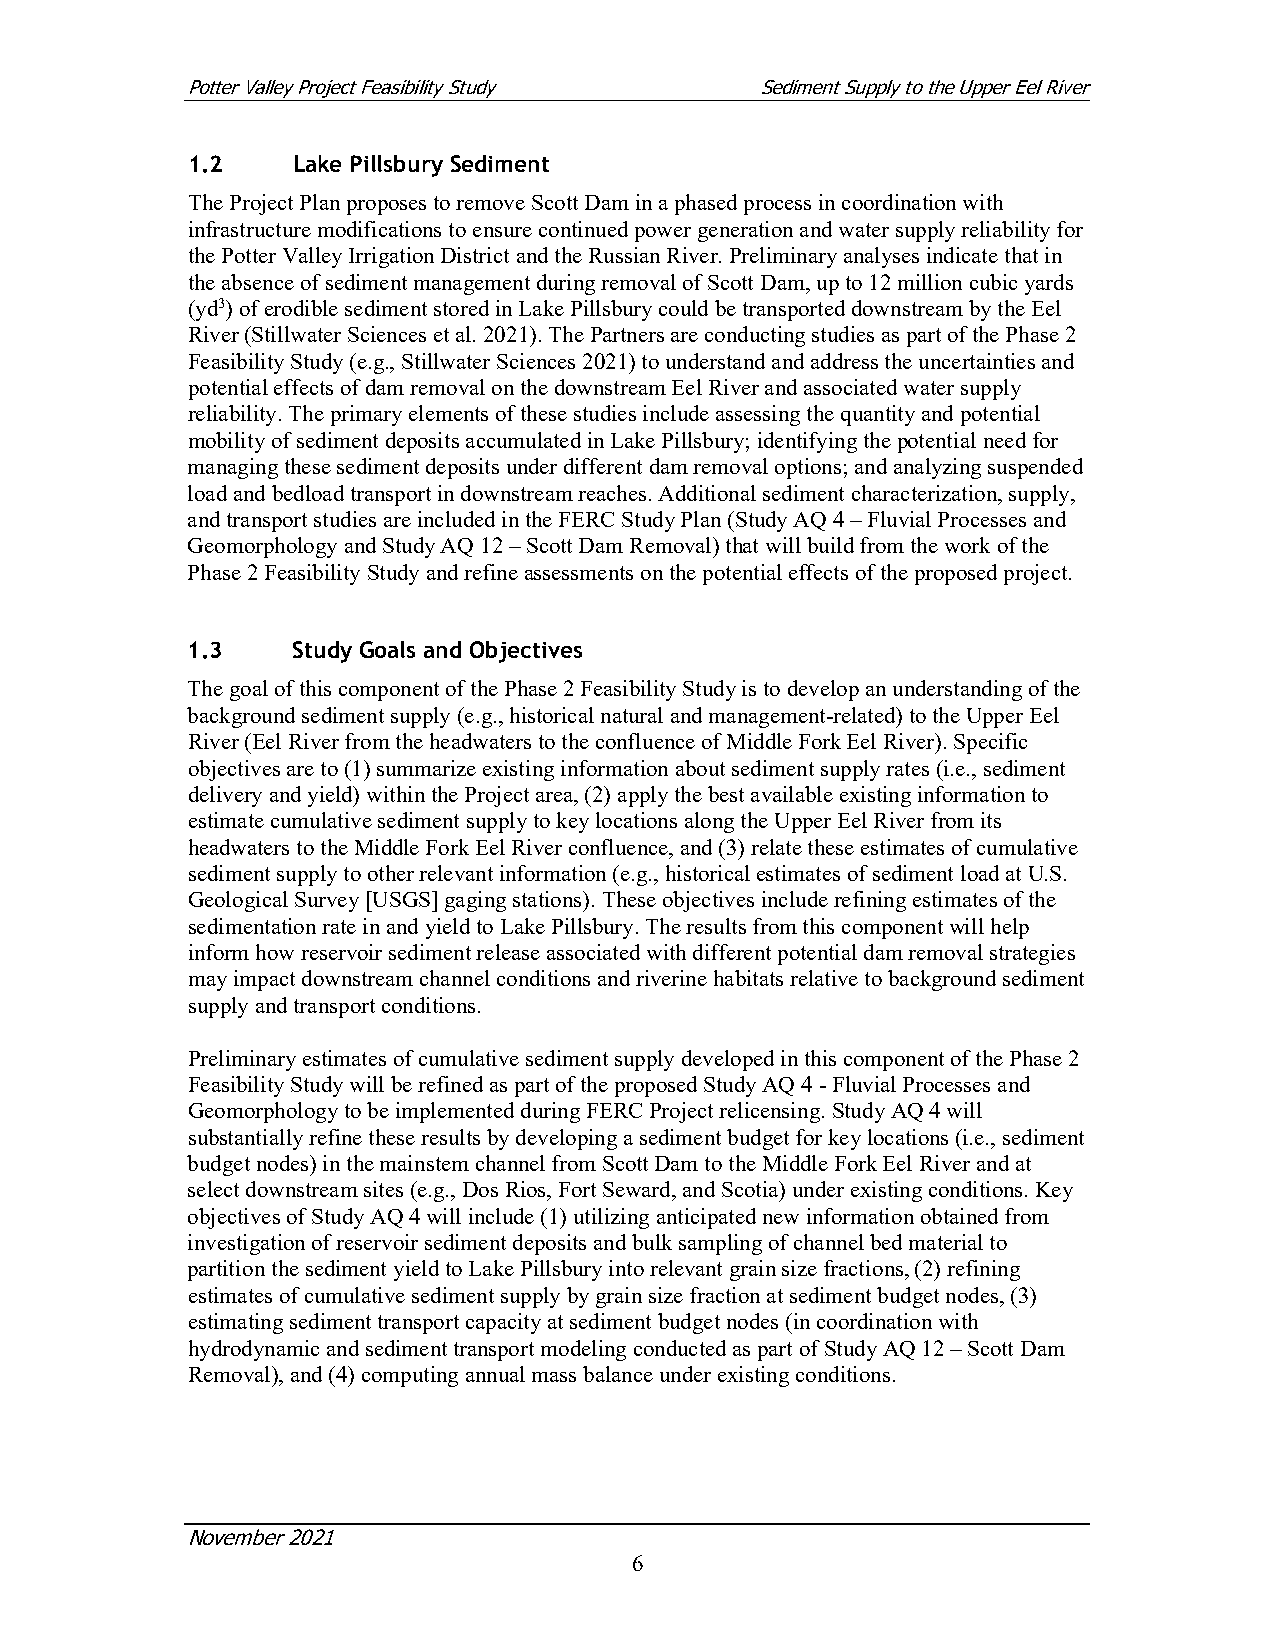
Potter Valley Project Feasibility Study Sediment Supply to the Upper Eel River
 1.2    Lake Pillsbury Sediment
 The Project Plan proposes to remove Scott Dam in a phased process in coordination with
 infrastructure modifications to ensure continued power generation and water supply reliability for
 the Potter Valley Irrigation District and the Russian River. Preliminary analyses indicate that in
 the absence of sediment management during removal of Scott Dam, up to 12 million cubic yards
 (yd3) of erodible sediment stored in Lake Pillsbury could be transported downstream by the Eel
 River (Stillwater Sciences et al. 2021). The Partners are conducting studies as part of the Phase 2
 Feasibility Study (e.g., Stillwater Sciences 2021) to understand and address the uncertainties and
 potential effects of dam removal on the downstream Eel River and associated water supply
 reliability. The primary elements of these studies include assessing the quantity and potential
 mobility of sediment deposits accumulated in Lake Pillsbury; identifying the potential need for
 managing these sediment deposits under different dam removal options; and analyzing suspended
 load and bedload transport in downstream reaches. Additional sediment characterization, supply,
 and transport studies are included in the FERC Study Plan (Study AQ 4 – Fluvial Processes and
 Geomorphology and Study AQ 12 – Scott Dam Removal) that will build from the work of the
 Phase 2 Feasibility Study and refine assessments on the potential effects of the proposed project.
 1.3    Study Goals and Objectives
 The goal of this component of the Phase 2 Feasibility Study is to develop an understanding of the
 background sediment supply (e.g., historical natural and management-related) to the Upper Eel
 River (Eel River from the headwaters to the confluence of Middle Fork Eel River). Specific
 objectives are to (1) summarize existing information about sediment supply rates (i.e., sediment
 delivery and yield) within the Project area, (2) apply the best available existing information to
 estimate cumulative sediment supply to key locations along the Upper Eel River from its
 headwaters to the Middle Fork Eel River confluence, and (3) relate these estimates of cumulative
 sediment supply to other relevant information (e.g., historical estimates of sediment load at U.S.
 Geological Survey [USGS] gaging stations). These objectives include refining estimates of the
 sedimentation rate in and yield to Lake Pillsbury. The results from this component will help
 inform how reservoir sediment release associated with different potential dam removal strategies
 may impact downstream channel conditions and riverine habitats relative to background sediment
 supply and transport conditions.
 Preliminary estimates of cumulative sediment supply developed in this component of the Phase 2
 Feasibility Study will be refined as part of the proposed Study AQ 4 - Fluvial Processes and
 Geomorphology to be implemented during FERC Project relicensing. Study AQ 4 will
 substantially refine these results by developing a sediment budget for key locations (i.e., sediment
 budget nodes) in the mainstem channel from Scott Dam to the Middle Fork Eel River and at
 select downstream sites (e.g., Dos Rios, Fort Seward, and Scotia) under existing conditions. Key
 objectives of Study AQ 4 will include (1) utilizing anticipated new information obtained from
 investigation of reservoir sediment deposits and bulk sampling of channel bed material to
 partition the sediment yield to Lake Pillsbury into relevant grain size fractions, (2) refining
 estimates of cumulative sediment supply by grain size fraction at sediment budget nodes, (3)
 estimating sediment transport capacity at sediment budget nodes (in coordination with
 hydrodynamic and sediment transport modeling conducted as part of Study AQ 12 – Scott Dam
 Removal), and (4) computing annual mass balance under existing conditions.
 November 2021
 6